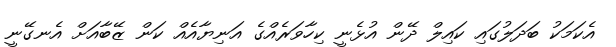
އެކަމަކު ބަދަލުގައި ކައިލް ދޭން އުޅެނީ ކިހާވަރެއްގެ އަނިޔާއެއް ކަން ޒޭބާއަށް އެނގޭނީ